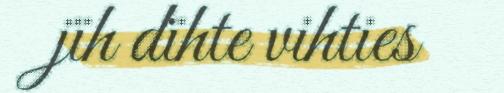
jïh dïhte vihties